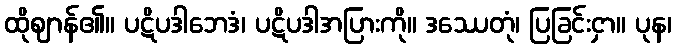
ထိုဈာန်၏။ ပဋိပဒါဘေဒံ၊ ပဋိပဒါအပြားကို။ ဒဿေတုံ၊ ပြခြင်းငှာ။ ပုန၊